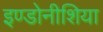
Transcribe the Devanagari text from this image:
इण्डोनीशिया